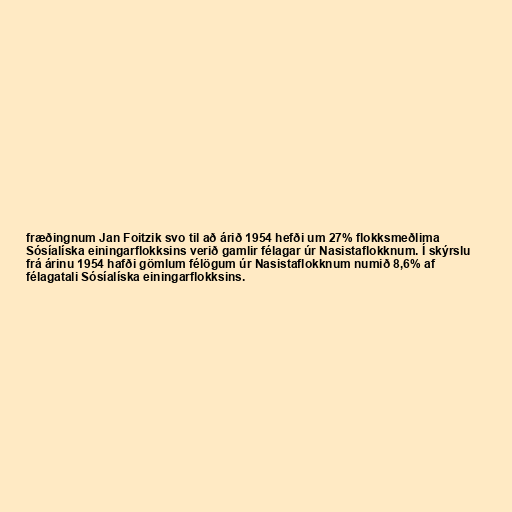
fræðingnum Jan Foitzik svo til að árið 1954 hefði um 27% flokksmeðlima
Sósíalíska einingarflokksins verið gamlir félagar úr Nasistaflokknum. Í skýrslu
frá árinu 1954 hafði gömlum félögum úr Nasistaflokknum numið 8,6% af
félagatali Sósíalíska einingarflokksins.